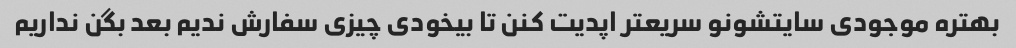
بهتره موجودی سایتشونو سریعتر اپدیت کنن تا بیخودی چیزی سفارش ندیم بعد بگن نداریم